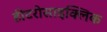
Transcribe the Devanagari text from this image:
हीटरोसाइक्लिक